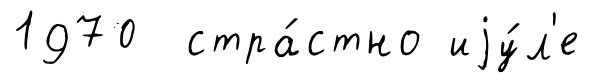
1970 стра́стно иjу́л'е